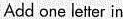
Add one letter in